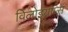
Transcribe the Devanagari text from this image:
विलोइयाम्स